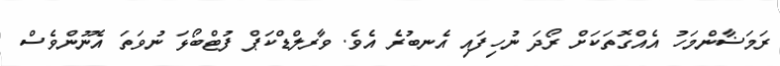
ރަމަޟާންމަހު އެއްގޮތަކަށް ރޯދަ ނުހިފައި އެނބުރެ އެވެ. ވާރލްޑްކަޕް ފުޓްބޯޅަ ނުވަތަ އެނޫންވެސް